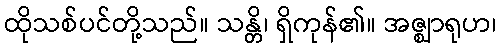
ထိုသစ်ပင်တို့သည်။ သန္တိ၊ ရှိကုန်၏။ အဇ္ဈာရုဟ၊